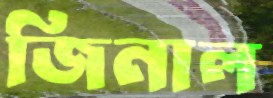
জিনাল